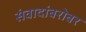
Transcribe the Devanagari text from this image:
संवादांबरोबर